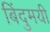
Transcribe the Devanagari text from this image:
बिंदुमयी